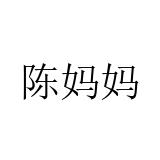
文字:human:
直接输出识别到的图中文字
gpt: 陈妈妈